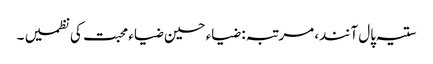
ستیہ پال آنند، مرتبہ: ضیاء حسین ضیاء محبت کی نظمیں ۔